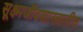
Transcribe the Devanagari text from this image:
सूक्ष्मजीवशास्त्रातील